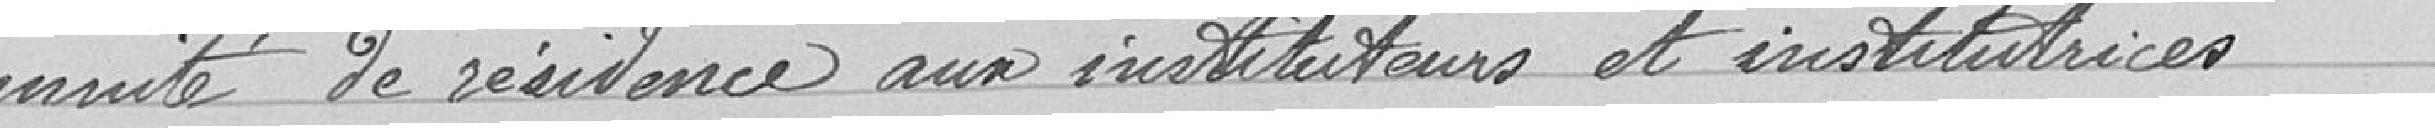
Indemnité de résidence aux instituteurs et institutrices